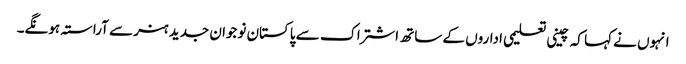
انہوں نے کہا کہ چینی تعلیمی اداروں کے ساتھ اشتراک سے پاکستان نوجوان جدید ہنر سے آراستہ ہونگے۔